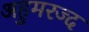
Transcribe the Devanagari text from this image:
अहुमरज्द